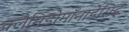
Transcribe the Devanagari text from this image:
क्लैमिडोमॉनाडेसिई